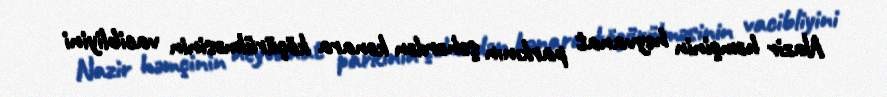
Nazir həmçinin heyvanat parkının şəhərdən kənara köçürülməsinin vacibliyini